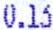
0.13